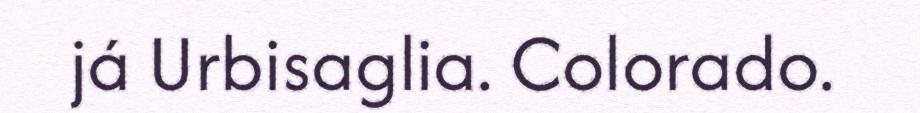
já Urbisaglia. Colorado.